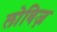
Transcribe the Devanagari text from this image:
लोविज़